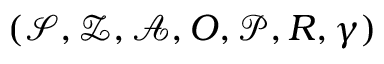
( \mathcal { S } , \mathcal { Z } , \mathcal { A } , O , \mathcal { P } , R , \gamma )